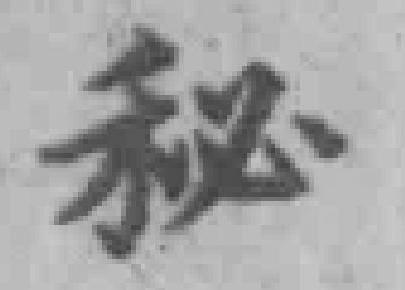
秘